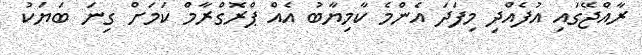
ރާއްޖޭގައި އުފެއްދި މިފަދަ އެންމެ ކާމިޔާބު އެއް ޕްރޮގްރާމް ކަމަށް ގިނަ ބަޔަކު